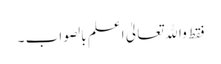
فقط واﷲ تعالیٰ اعلم بالصواب ۔